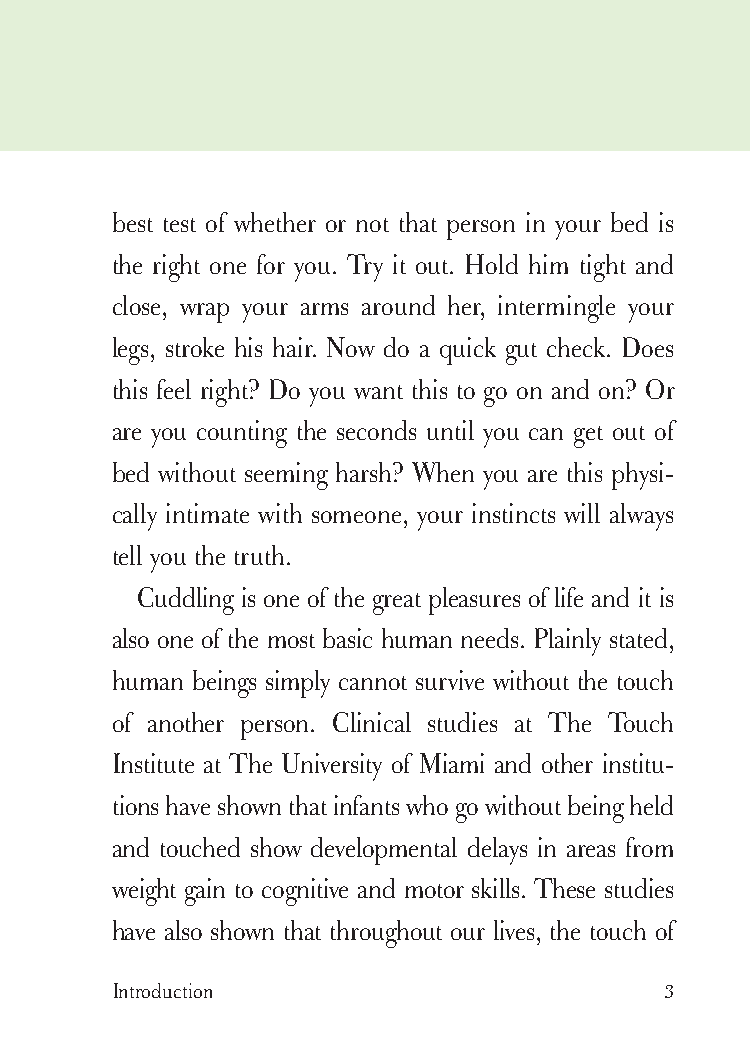
cudllesutra_internals1 7/16/07 2:50 PM Page 3
 best test of whether or not that person in your bed is
 the right one for you. Try it out. Hold him tight and
 close, wrap your arms around her, intermingle your
 legs, stroke his hair. Now do a quick gut check. Does
 this feel right? Do you want this to go on and on? Or
 are you counting the seconds until you can get out of
 bed without seeming harsh? When you are this physi-
 cally intimate with someone, your instincts will always
 tell you the truth.
 Cuddling is one of the great pleasures of life and it is
 also one of the most basic human needs. Plainly stated,
 human beings simply cannot survive without the touch
 of another person. Clinical studies at The Touch
 Institute at The University of Miami and other institu-
 tions have shown that infants who go without being held
 and touched show developmental delays in areas from
 weight gain to cognitive and motor skills. These studies
 have also shown that throughout our lives, the touch of
 Introduction                         3